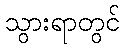
သွားရာတွင်